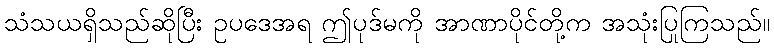
သံသယရှိသည်ဆိုပြီး ဥပဒေအရ ဤပုဒ်မကို အာဏာပိုင်တို့က အသုံးပြုကြသည်။